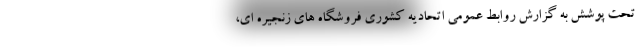
تحت پوشش به گزارش روابط عمومی اتحادیه کشوری فروشگاه های زنجیره ای،